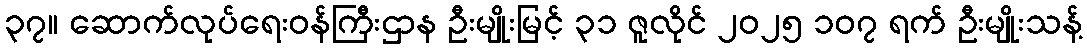
၃၇။ ဆောက်လုပ်ရေးဝန်ကြီးဌာန ဦးမျိုးမြင့် ၃၁ ဇူလိုင် ၂၀၂၅ ၁၀၇ ရက် ဦးမျိုးသန့်